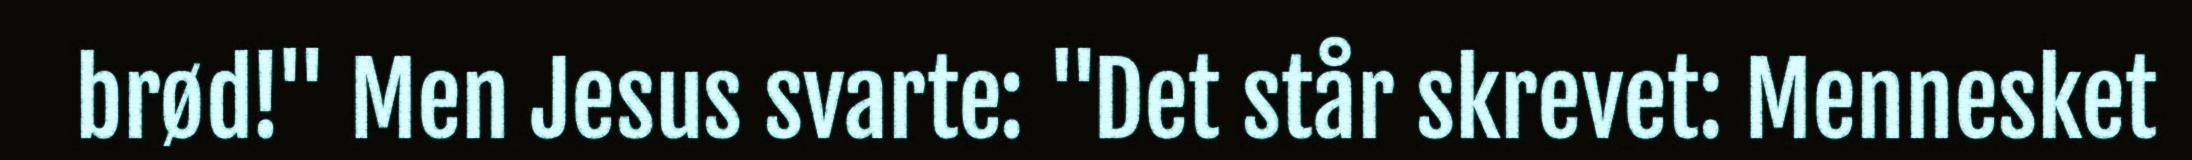
brød!" Men Jesus svarte: "Det står skrevet: Mennesket